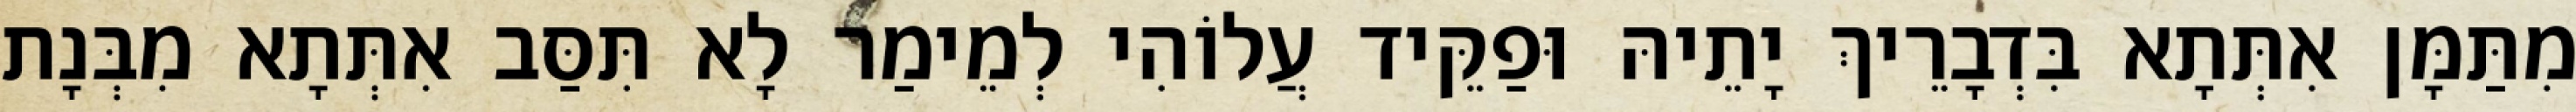
מִתַּמָּן אִתְּתָא בִּדְבָרֵיךְ יָתֵיהּ וּפַקֵּיד עֲלוֹהִי לְמֵימַר לָא תִּסַּב אִתְּתָא מִבְּנָת